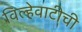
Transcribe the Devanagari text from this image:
विल्हेवाटीची